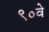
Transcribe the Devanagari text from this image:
९०वे